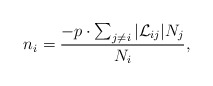
\begin{align*}n_i = \frac{-p\cdot\sum_{j\neq i}|{\cal L}_{ij}|N_j}{N_i},\end{align*}